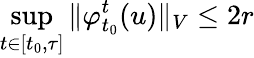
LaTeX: \operatorname*{sup}_{t\in[t_{0},\tau]}\Vert\varphi_{t_{0}}^{t}(u)\Vert_{V}\leq 2r